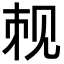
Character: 𬢉